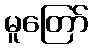
မူတြော်